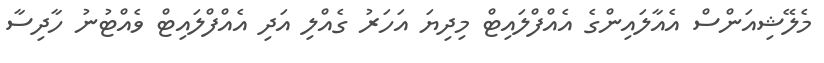
މެލޭޝިއަންސް އެއާލައިންގެ އެއްފްލައިޓް މިދިޔަ އަހަރު ގެއްލި އަދި އެއްފްލައިޓް ވެއްޓުނު ހާދިސާ